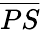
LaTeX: \overline{{PS}}